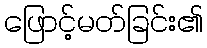
ဖြောင့်မတ်ခြင်း၏